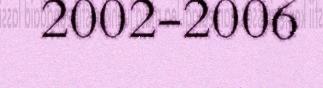
2002-2006